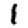
Digit: 1